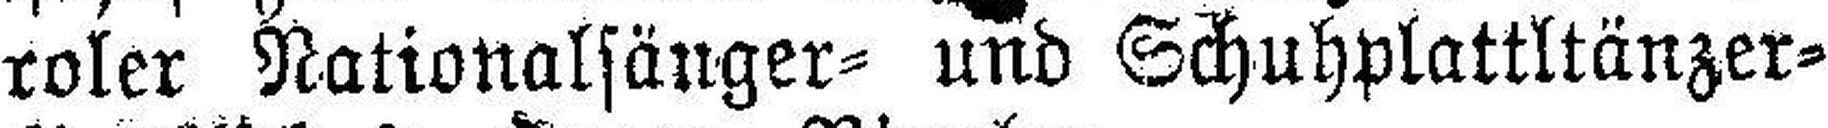
roler Nationalsänger= und Schuhplattltänzer=